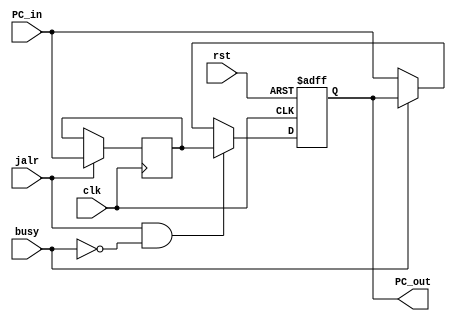
`timescale 1ns / 1ps

module PC(
    input clk,
    input rst,
    input busy,
    input jalr,
    input [31:0] PC_in,
    output reg [31:0] PC_out
    );

    reg [31:0] temp;
    always @(posedge clk) begin
        if(jalr) begin
            temp <= PC_in; end
    end

    always @(negedge clk or posedge rst) begin
        if(rst) begin
            PC_out <= 32'h00400000; end
        else if(jalr && busy == 0) begin
            PC_out <= temp; end
        else if (busy == 0) begin
            PC_out <= PC_in; end
    end   
endmodule